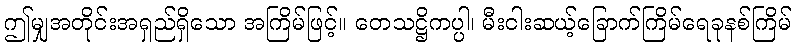
ဤမျှအတိုင်းအရှည်ရှိသော အကြိမ်ဖြင့်။ တေသဋ္ဌိကပ္ပါ၊ မီးငါးဆယ့်ခြောက်ကြိမ်ရေခုနစ်ကြိမ်